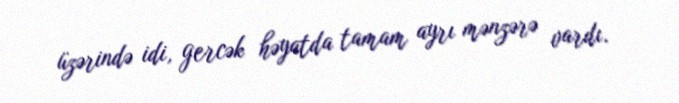
üzərində idi, gercək həyatda tamam ayrı mənzərə vardı.